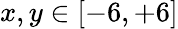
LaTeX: x,y\in\left[-6,+6\right]